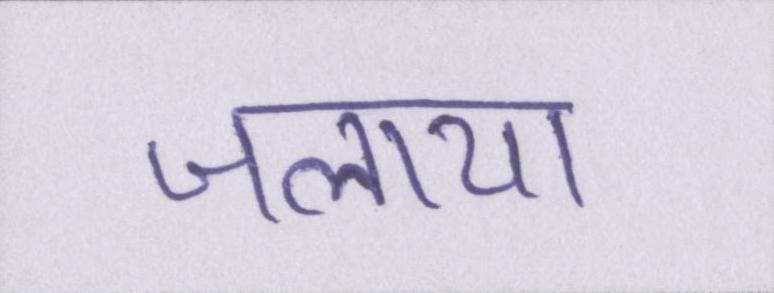
जलाया